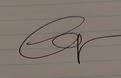
Signature authenticity: genuine